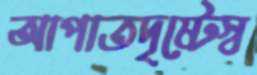
আপাতদৃষ্টেস্ব